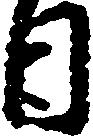
日